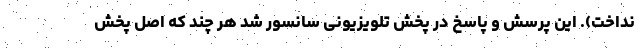
نداخت). این پرسش و پاسخ در پخش تلویزیونی سانسور شد هر چند که اصل پخش